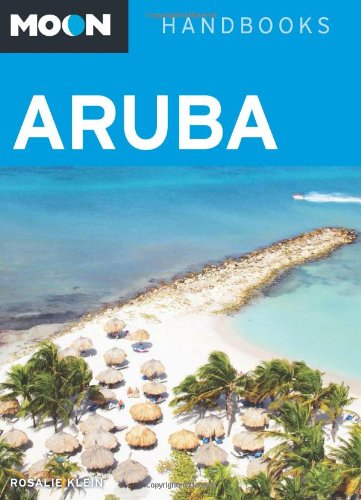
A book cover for Moon Aruba (Moon Handbooks); Rosalie Klein; Travel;